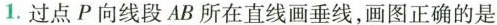
1.过点P向线段AB所在直线画垂线，画图正确的是